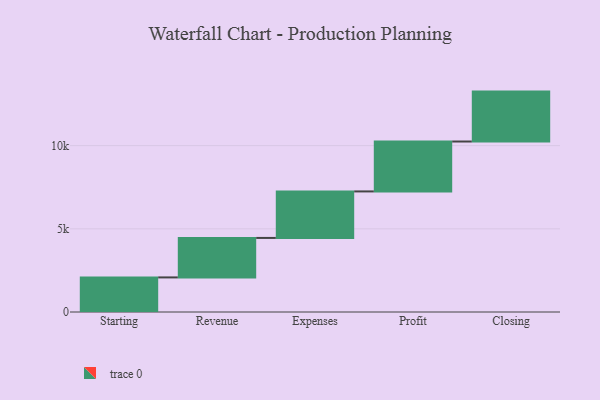
{"axis": {"x": "Step", "y": "Value"}, "legend": [""], "data": [{"x": "Starting", "y": 2079.0, "type": ""}, {"x": "Revenue", "y": 2373.0, "type": ""}, {"x": "Expenses", "y": 2796.0, "type": ""}, {"x": "Profit", "y": 3000, "type": ""}, {"x": "Closing", "y": 3000, "type": ""}]}